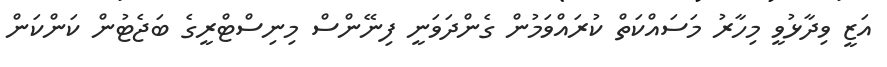
އަޒީ ވިދާޅުވީ މިހާރު މަސައްކަތް ކުރައްވަމުން ގެންދަވަނީ ފިނޭންސް މިނިސްޓްރީގެ ބަޖެޓުން ކަންކަން